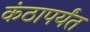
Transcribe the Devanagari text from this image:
कंठापर्यंत